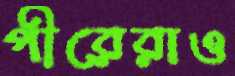
পীরেরাও